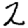
Digit: 2